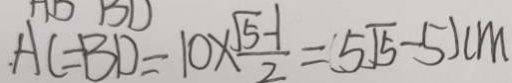
. A C = B D = 1 0 \times \frac { \sqrt { 5 } - 1 } { 2 } = ( 5 \sqrt { 5 } - 5 ) c m